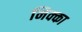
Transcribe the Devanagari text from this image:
निक्का